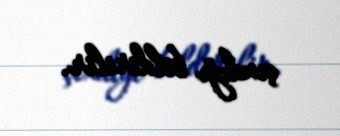
çıxdığı bildirilir.